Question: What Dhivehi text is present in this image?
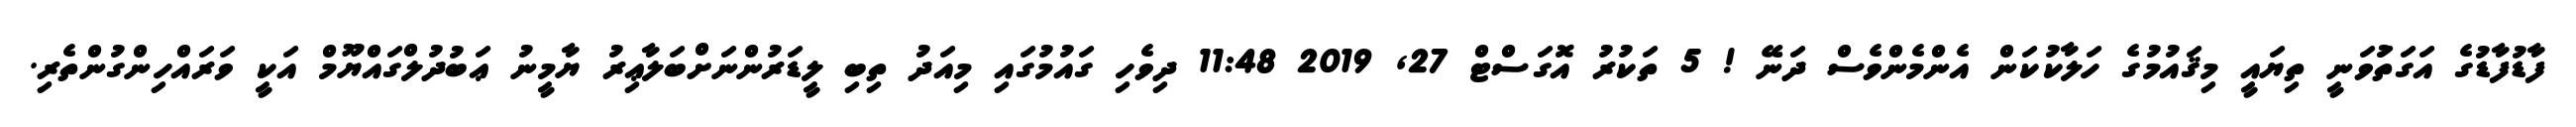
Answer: ފާޑުފާޑުގެ އަގަތަުވަނީ ތިޔައީ މިޤައުމުގެ ހަލާކުކަން އެންމެންވެސް ދަނޭ ! 5 ތަކުރު އޮގަސްޓް 27, 2019 11:48 ދިވެހި ގައުމުގައި މިއަދު ތިބި ލީޑަރުންނަށްބަލާޢިރު ޔާމީނު ޢަބުދުލްގައްޔޫމް އަކީ ވަރައްހިންގުންތެރި.